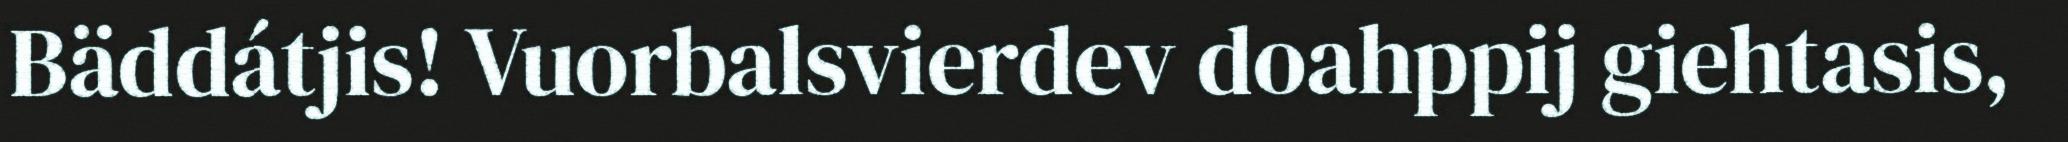
Bäddátjis! Vuorbalsvierdev doahppij giehtasis,